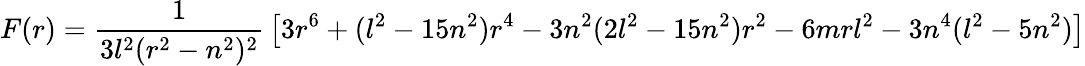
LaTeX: F(r)={\frac{1}{3l^{2}(r^{2}-n^{2})^{2}}}\left[3r^{6}+(l^{2}-15n^{2})r^{4}-3n^{2}(2l^{2}-15n^{2})r^{2}-6mrl^{2}-3n^{4}(l^{2}-5n^{2})\right]